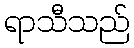
ရာသီသည်